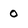
Character: 0